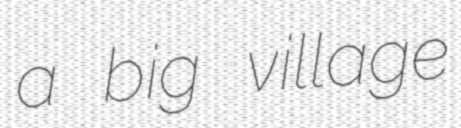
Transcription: a big village